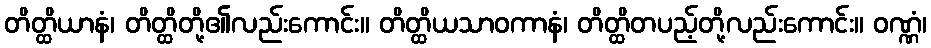
တိတ္ထိယာနံ၊ တိတ္ထိတို့၏လည်းကောင်း။ တိတ္ထိယသာဝကာနံ၊ တိတ္ထိတပည့်တို့လည်းကောင်း။ ဝဏ္ဏံ၊